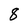
Character: 8